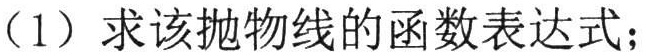
（1）求该抛物线的函数表达式；